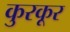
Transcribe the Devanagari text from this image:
कुरकूर